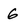
Character: 6